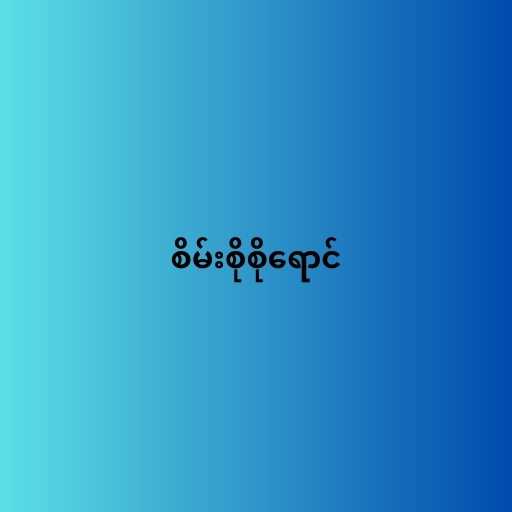
စိမ်းစိုစိုရောင်